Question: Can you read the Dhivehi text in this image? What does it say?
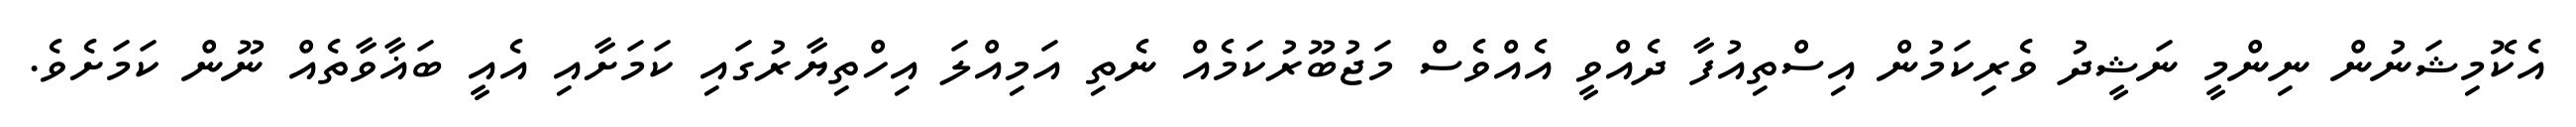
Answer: އެކޮމިޝަނުން ނިންމީ ނަޝީދު ވެރިކަމުން އިސްތިއުފާ ދެއްވީ އެއްވެސް މަޖުބޫރުކަމެއް ނެތި އަމިއްލަ އިހްތިޔާރުގައި ކަމަށާއި އެއީ ބަޣާވާތެއް ނޫން ކަމަށެވެ.